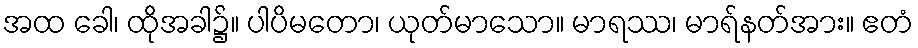
အထ ခေါ၊ ထိုအခါ၌။ ပါပိမတော၊ ယုတ်မာသော။ မာရဿ၊ မာရ်နတ်အား။ ဧတံ